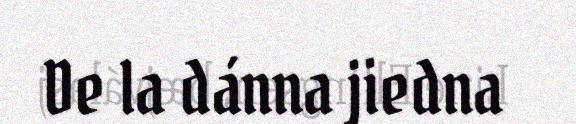
De la dánna jiedna